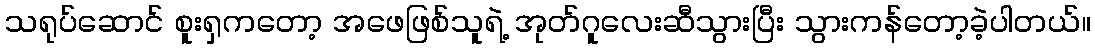
သရုပ်ဆောင် စူးရှကတော့ အဖေဖြစ်သူရဲ့ အုတ်ဂူလေးဆီသွားပြီး သွားကန်တော့ခဲ့ပါတယ်။